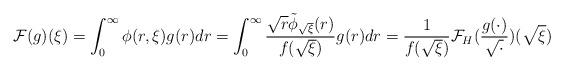
LaTeX: \begin{align*} \mathcal{F}(g)(\xi) = \int_{0}^{\infty} \phi(r, \xi) g(r) dr = \int_{0}^{\infty} \frac{\sqrt{r} \tilde{\phi}_{\sqrt{\xi}}(r)}{f(\sqrt{\xi})} g(r) dr = \frac{1}{f(\sqrt{\xi})} \mathcal{F}_{H}(\frac{g(\cdot)}{\sqrt{\cdot}})(\sqrt{\xi})\end{align*}